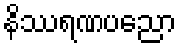
နိဿရဏပညော